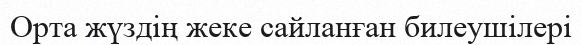
Орта жүздің жеке сайланған билеушілері